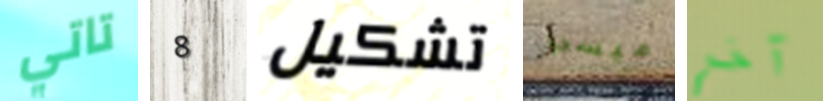
تاتي 8 تشكيل ميسي آخر